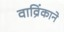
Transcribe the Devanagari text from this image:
वाव्रिंकाने